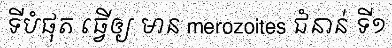
ទីបំផុត ធ្វើឲ្យ មាន merozoites ជំនាន់ ទី១